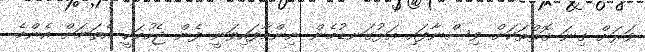
ވަރަށް ގިނަ ގޮތްތަކަށް ވިސްނާފައި އަޅުގަނޑުމެން ނިންމާފައިވަނީ ފެން ޖެހުމަކީ އެތަނަށް އެންމެ